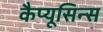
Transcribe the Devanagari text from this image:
कैप्यूसिन्स